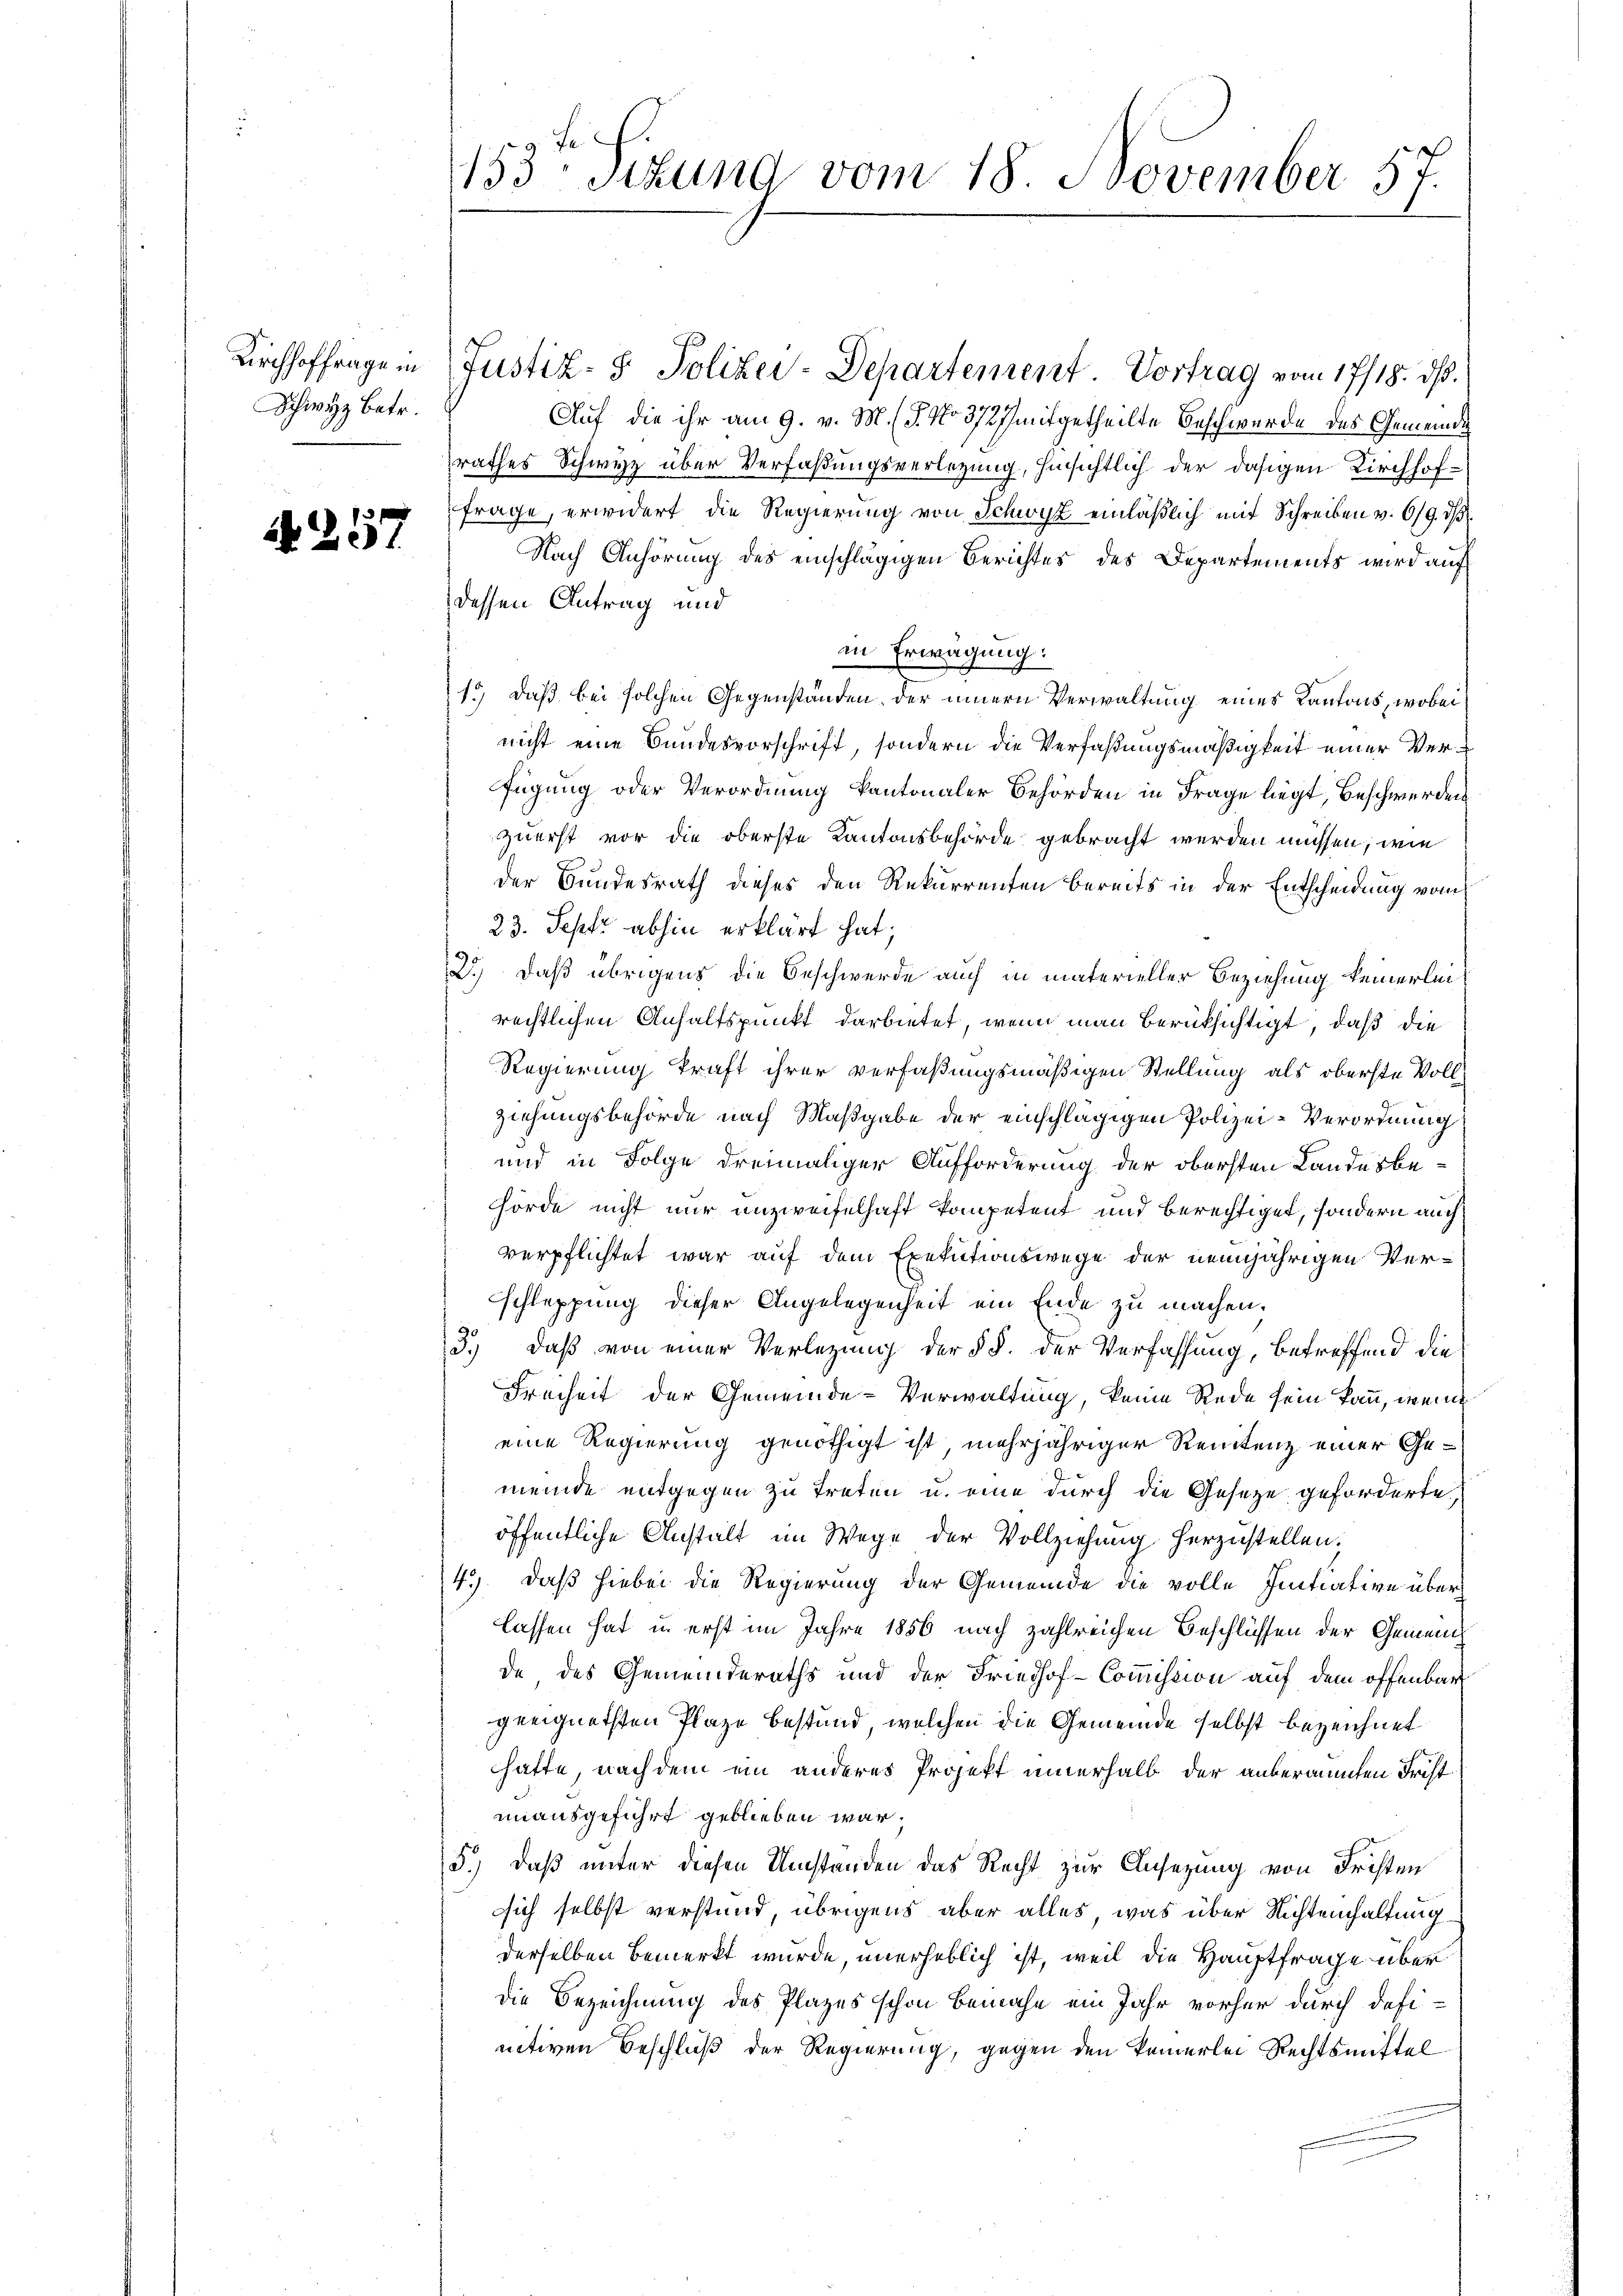
Schwyz betr.

N 257

153 sizung vom 18. November 57.

Kirchhoffrage in Justiz- & Polizei-Departement. Vortrag vom 17/18. ds.
Auf die ihr am 9. v. M. (T. No 3727 mitgetheilte Beschwerde des Gemeindes
rathes Schwyz über Verfaßungsverlegung, hinsichtlich der dasigen Kirchhoffrage, erwidert die Regierung von Schwyz einläßlich mit Schreiben v. 6/9. d
Nach Anhörung des einschlägigen Berichtes des Departements wird auf
dessen Antrag und
in Erwägung:
15) daß bei solchen Gegenständen der innern Verwaltung eines Kantons, wobei
nicht eine Bundesvorschrift, sondern die Verfaßungsmäßigkeit einer Verfügung oder Verordnung kantonaler Behörden in Frage liegt, Beschwerden
zuerst vor die oberste Kantonsbehörde gebracht werden müssen, wie
der Bundesrath dieses den Rekurrenten bereits in der Entscheidung vom
23. Septe abhin erklärt hat;
2.) Daß übrigens die Beschwerde auch in materieller Beziehung keinerlei
rechtlichen Anhaltspunkt darbietet, wenn man berücksichtigt, daß die
Regierung kraft ihrer verfaßungsmäßigen Stellung als oberste Vollziehungsbehörde nach Maßgabe der einschlägigen Polizei-Verordnung
und in Folge dreimaliger Aufforderung der obersten Landesbehörde nicht nur unzweifelhaft kompetent und berechtiget, sondern auch
verpflichtet war auf dem Exekutionswege der neunjährigen Verschleppung dieser Angelegenheit ein Ende zu machen.
3.) daß von einer Verlegung der § §. der Verfassung, betreffend die
Freiheit der Gemeinde-Verwaltung, keine Rede sein kann, wenn
eine Regierung genöthigt ist, mehrjähriger Rentenz einer Gemeinde entgegen zu treten u. eine durch die Gesetze geforderte,
öffentliche Anstalt im Wege der Vollziehung herzustellen.
4.) Daß hiebei die Regierung der Gemeinde die volle Initiative über
lassen hat u. erst im Jahre 1856 nach zahlreichen Beschlüssen der Gemeinde, des Gemeinderaths und der Friedhof-Commission auf dem offenbar
geeignetsten Plaze bestand, welchen die Gemeinde selbst bezeichnet
hafte, nach dem ein anderes Projekt innerhalb der unberannten Frist
unausgeführt geblieben war,
5.) daß unter diesen Umständen das Recht zur Ansezung von Fristen
sich selbst verstand, übrigens aber alles, was über Nichtenhaltung
derselben bemerkt wurde, unerheblich ist, weil die Hauptfrage über
Die Bezeichnung des Plazes schon bemahe ein Jahr vorher durch defi-
nitiven Beschluß der Regierung, gegen den keinerlei Rechtsmittel